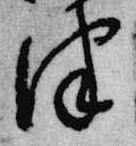
津